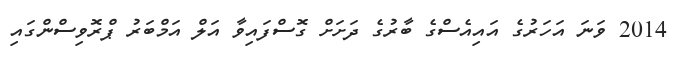
2014 ވަނަ އަހަރުގެ އައިއެސްގެ ބާރުގެ ދަށަށް ގޮސްފައިވާ އަލް އަމްބަރު ޕްރޮވިސްންގައި